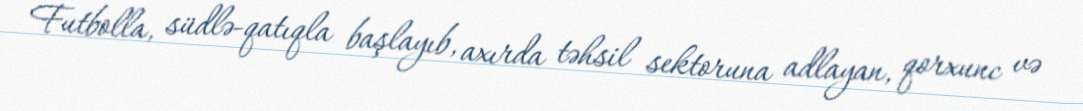
Futbolla, südlə-qatıqla başlayıb, axırda təhsil sektoruna adlayan, qorxunc və